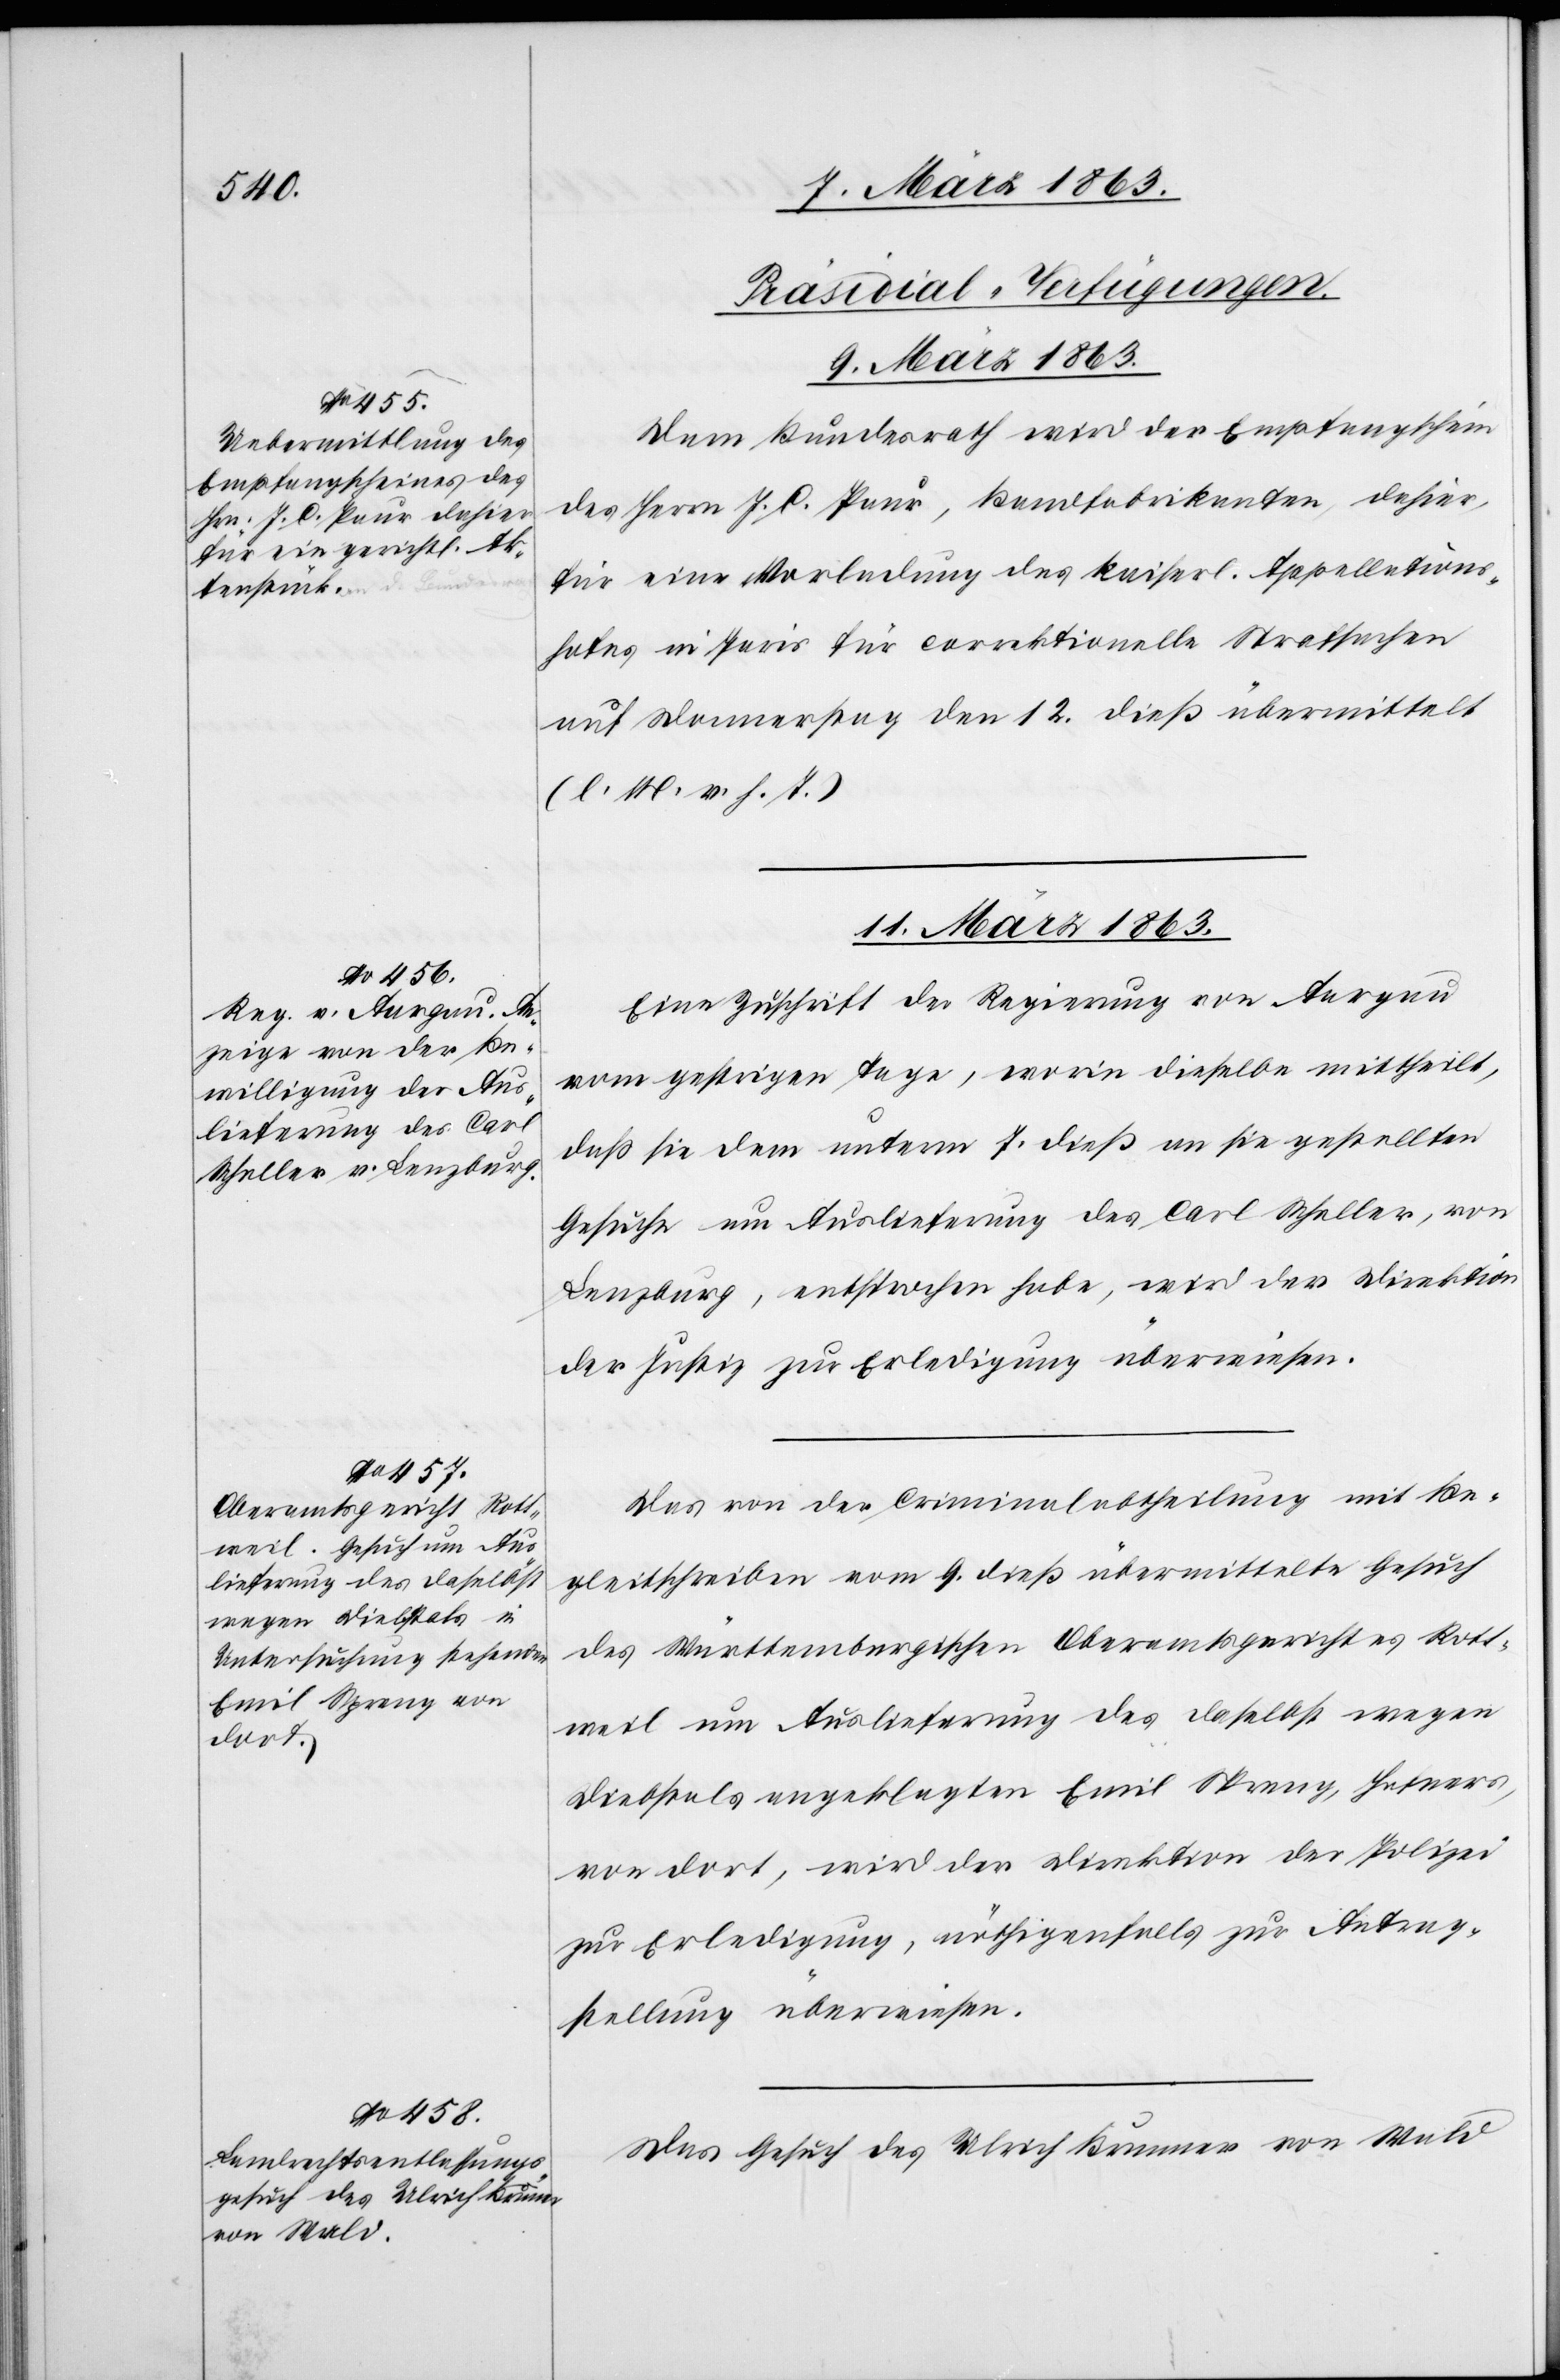
[Präsidial-Verfügungen.
9. März 1863.
Dem Bundesrath wird der Empfangschein
des Herrn J. C. Paur, Bandfabrikanten dahier,
für eine Vorladung des kaiserl. Appellations¬
hofes in Paris für correktionelle Strafsachen
auf Donnerstag den 12. dieß übermittelt
(l. M. v. h. T.)
11. März 1863.]
Eine Zuschrift der Regierung von Aargau
vom gestrigen Tage, worin dieselbe mittheilt,
daß sie dem unterm 7. dieß an sie gestellten
Gesuche um Auslieferung des Carl Scheller, von
Lenzburg, entsprochen habe, wird der Direktion
der Justiz zur Erledigung überwiesen.
Das von der Criminalabtheilung mit Be¬
gleitschreiben vom 9. dieß übermittelte Gesuch
des Württembergischen Oberamtsgerichtes Rott¬
weil um Auslieferung des daselbst wegen
Diebstals angeklagten Emil Spreng, Hafners,
von dort, wird der Direktion der Polizei
zur Erledigung, nöthigenfalls zur Antrag¬
stellung überwiesen.
Das Gesuch des Ulrich Brunner von Wald